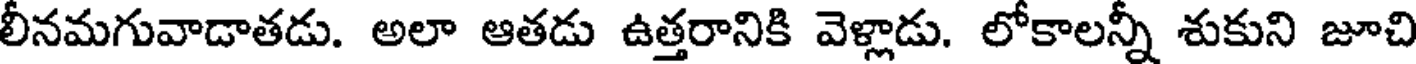
లీనమగువాడాతడు. అలా ఆతడు ఉత్తరానికి వెళ్లాడు. లోకాలన్నీ శుకుని జూచి